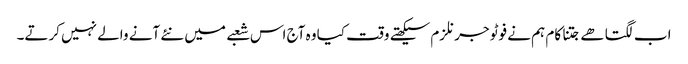
اب لگتا ھے جتنا کام ہم نے فوٹو جرنلزم سیکھتے وقت کیا وہ آج اس شعبے میں نئے آنے والے نہیں کرتے۔